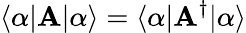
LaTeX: \langle\alpha|\mathbf{A}|\alpha\rangle=\langle\alpha|\mathbf{A}^{\dagger}|\alpha\rangle